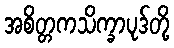
အစိတ္တကသိက္ခာပုဒ်တို့